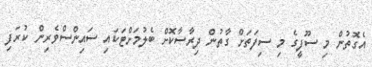
އެގޮތުން މި ސޫފީގެ މި ސިފަތަށް ގާތުން ދިރާސާކޮށް ބެލުމަށްޓަކައި ސައިންސްވެރިން ކުރަފި